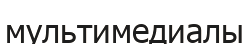
мультимедиалы